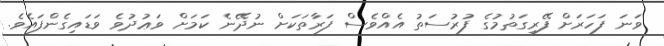
ވަނަ ފަހަރަށް ފޭރިގަތުމުގެ ފުރުސަތު އެއްވެސް ފަރާތަކަށް ނުދޭނެ ކަމަށް ވަޢުދުވެ ވަޑައިގެންފައެވެ.